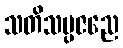
သတိသမ္ပဇညေ